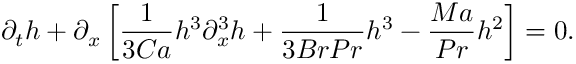
\partial _ { t } h + \partial _ { x } \left[ \frac { 1 } { 3 C a } h ^ { 3 } \partial _ { x } ^ { 3 } h + \frac { 1 } { 3 B r P r } h ^ { 3 } - \frac { M a } { P r } h ^ { 2 } \right] = 0 .